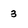
Character: 3